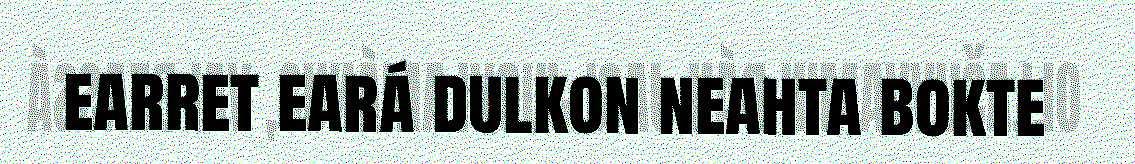
earret eará dulkon neahta bokte